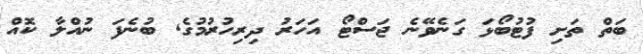
ބަތް ތަށި ފުޓުބޯޅަ ގަނެވޭނެ ޖަސްޓޯ އަހަރު ދިރިހުރުމުގެ